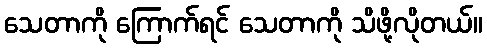
သေတာကို ကြောက်ရင် သေတာကို သိဖို့လိုတယ်။